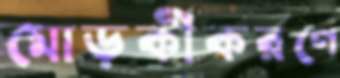
মোড়কীকরণে